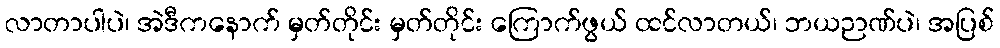
လာတာပါပဲ၊ အဲဒီကနောက် မှတ်တိုင်း မှတ်တိုင်း ကြောက်ဖွယ် ထင်လာတယ်၊ ဘယဉာဏ်ပဲ၊ အပြစ်